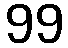
99